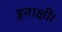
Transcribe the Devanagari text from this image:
इनाक्षी।